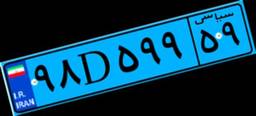
۹۸D۵۹۹۵۹